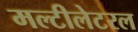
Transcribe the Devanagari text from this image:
मल्टीलेटरल